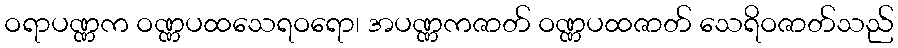
ဝရာပဏ္ဏက ဝဏ္ဏပထသေရဝရော၊ အပဏ္ဏကဇာတ် ဝဏ္ဏပထဇာတ် သေရိဝဇာတ်သည်